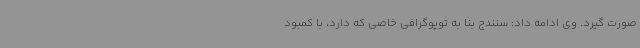
صورت گیرد. وی ادامه داد: سنندج بنا به توپوگرافی خاصی که دارد، با کمبود